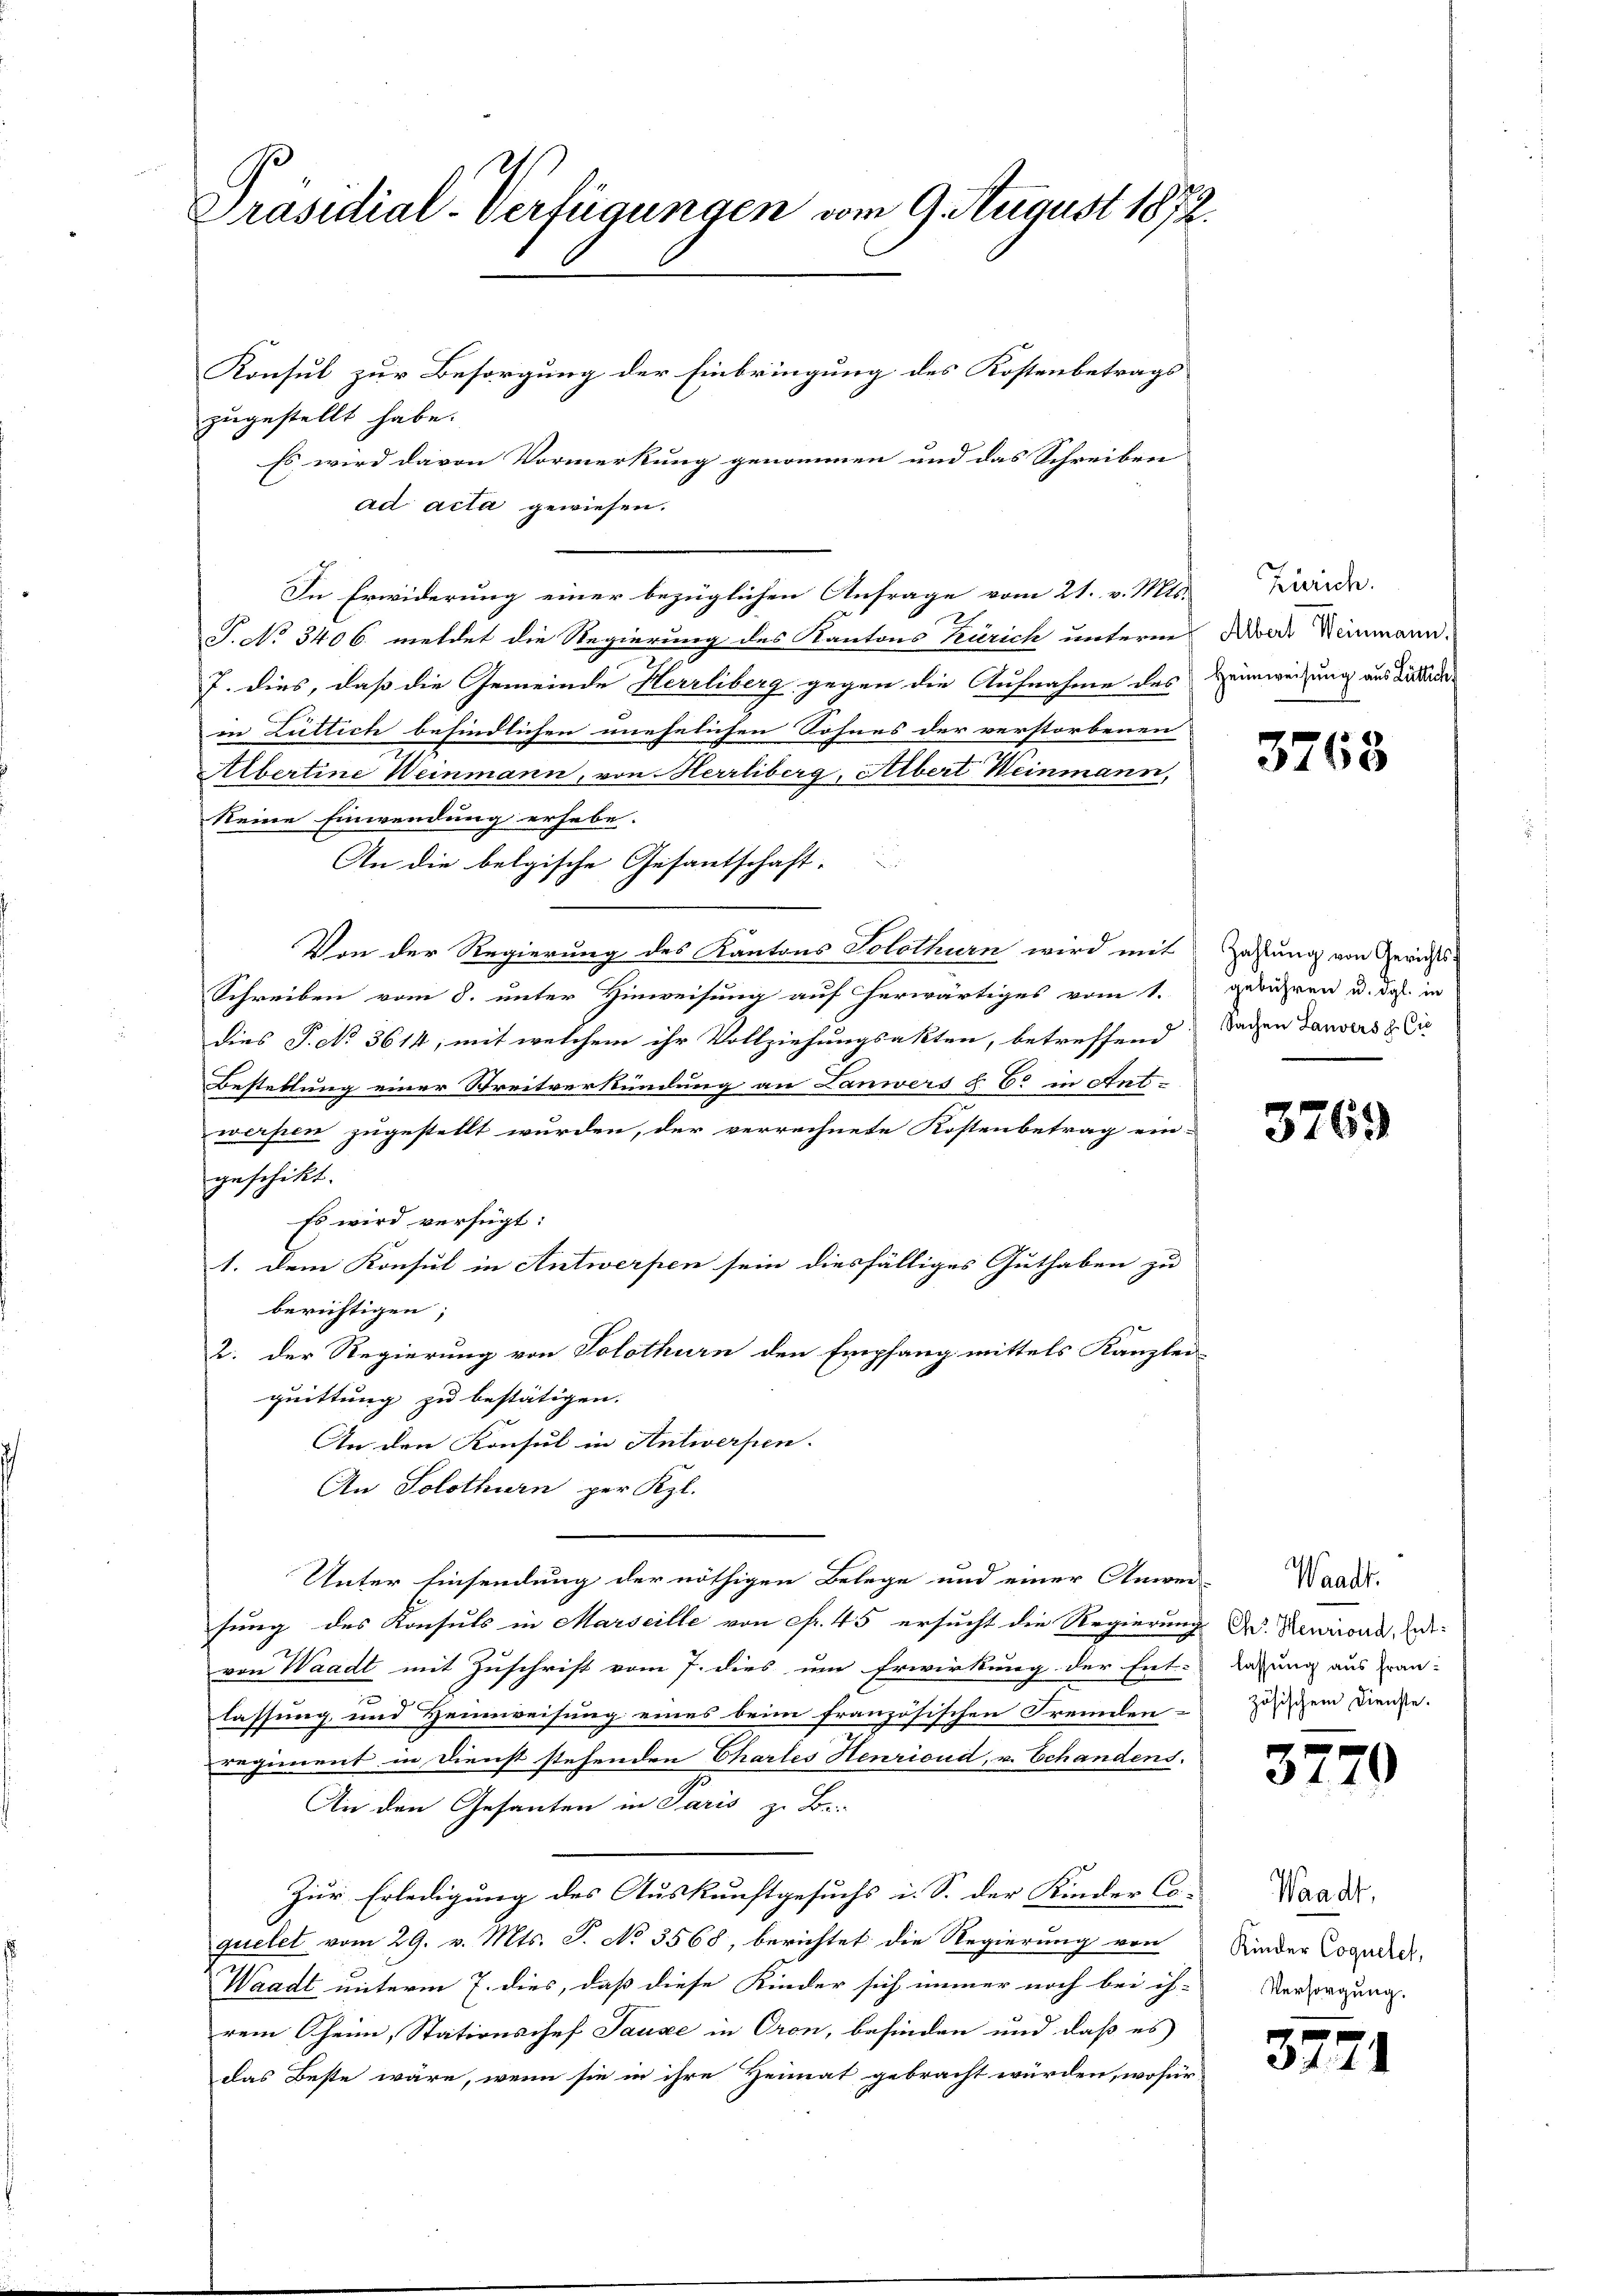
Präsidial-Verfügungen vom 9. August 1872.

Konsul zur Besorgung der Einbringung des Kostenbetrags
zugestellt habe.
Es wird davon Vormerkung genommen und das Schreiben
ad acta gewiesen.
In Erwiderung einer bezüglichen Anfrage vom 21. v. Mts.
T. No 3406. meldet die Regierung des Kantons Zürich unterne Rede Weinmann.
7. dies, daß die Gemeinde Herrliberg gegen die Aufnahme des Heimweisung aus die
in Züllich befindlichen unehelichen Sohnes der verstorbenen
Albertine Weinmann, von Herrliberg, Albert Weinmann,
keine Einwendung erhebe.
An die belgische Gesantschaft-
Von der Regierung des Kantons Solothurn wird mit Zahlung von Gerichts-
Schreiben vom 8. unter Hinweisung auf herwärtiges vom 1.
dies P. No 3614, mit welchem ihr Vollziehungsakten, betreffend Sachen danstes & Cie
Bestellung einer Streitverkündung an Lanwers § 62 in Ant-
werpen zugestellt wurden, der verrechnete Kostenbetrag ein-
geschikt.
Es wird verfügt:
1. dem Konsul in Antwerpen sein diesfälliges Guthaben zu
berichtigen;
2. der Regierung von Solothurn den Empfang mittels Kanzlei-
quittung zu bestätigen.
An den Konsul in Antwerfen.
An Solothurn per Kgl.
Unter Einsendung der nöthigen Belege und einer Anwei-
sung des Konsuls in Marseille von Nr. 45 ersucht die Regierung d. Renicora End
von Waadt mit Zuschrift vom 7. dies um Erwirkung der Ent-
lassung und Heimweisung eines beim französischen Fremden-
regiment in Dienst stehenden Chartes Henrioud, v. Echandens.
An den Gesanten in Paris zu Be-
Zur Erledigung des Auskunftgesuchs i. S. der Kinder Co-
quelet vom 29. v. Mts. S. No 3568, berichtet die Regierung von
Waadt unterm 7. dies, daß diese Kinder sich immer noch bei ih-
rem heim, Stationsosef Sauce in Oron, befinden und daß es
das Beste wäre, wenn sie in ihre Heimat gebracht würden, wofür

Zürich.

3768

gebühren u. dgl. in

3769

Waadt.
lassung aus französischem Dienste.

3770

Waadt,
Kinder Coquetet,
Versorgung.

377.

1